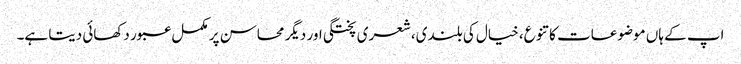
اپ کے ہاں موضوعات کا تنوع، خیال کی بلندی،شعری پختگی اور دیگر محاسن پر مکمل عبور دکھائی دیتا ہے۔